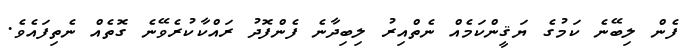
ފެން ލިބޭނެ ކަމުގެ ޔަޤީންކަމެއް ނެތްއިރު ލިބިދާނެ ފެންފޮދު ރައްކާކުރެވޭނެ ގޮތެއް ނެތިފައެވެ.